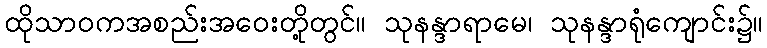
ထိုသာဝကအစည်းအဝေးတို့တွင်။ သုနန္ဒာရာမေ၊ သုနန္ဒာရုံကျောင်း၌။